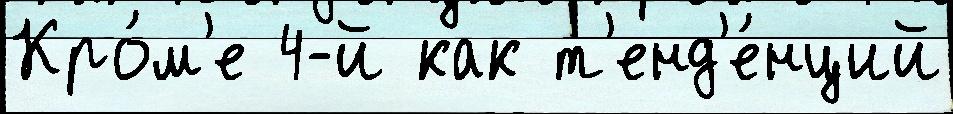
Кро́м'е 4-й как т'енд'е́нций